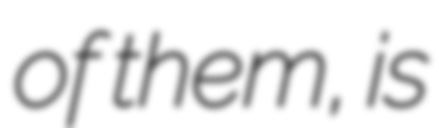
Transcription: of them, is